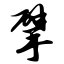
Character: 擘